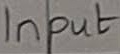
Text: Input